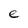
Character: e